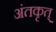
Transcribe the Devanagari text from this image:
अंतकृत्